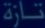
كارة